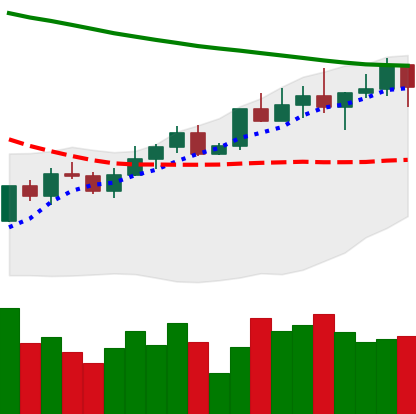
Ticker: LINK-USD
Chart end date: 2022-04-04
Forward return: -11.682%
Label: down_7plus